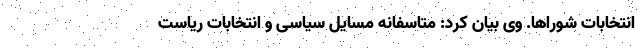
انتخابات شوراها. وی بیان کرد: متاسفانه مسایل سیاسی و انتخابات ریاست